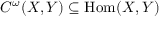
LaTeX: C ^ { \omega } ( X , Y ) \subseteq { \mathrm { H o m } } ( X , Y )